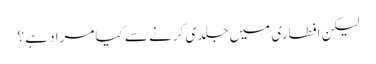
لیکن افطاری میں جلدی کرنے سے کیا مراد ہے ؟